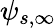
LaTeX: \psi_{s,\infty}